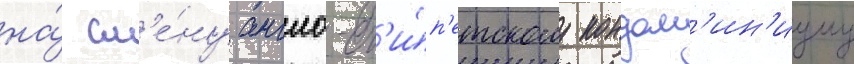
на́ см'е́ну англо-ег'и́п'етскому кондом'ин'иуму